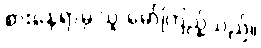
စားနေရာမှ သူ မော်ကြည့်သည်။